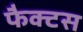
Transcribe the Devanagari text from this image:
फैक्टस